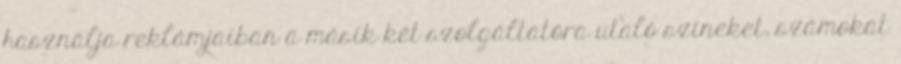
használja reklámjaiban a másik két szolgáltatóra utaló színeket, számokat